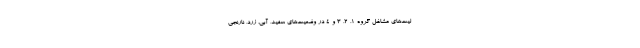
لیت‌های مشاغل گروه ۱، ۲، ۳ و ۴ در وضعیت‌های سفید، آبی، زرد، نارنجی